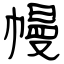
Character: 幔